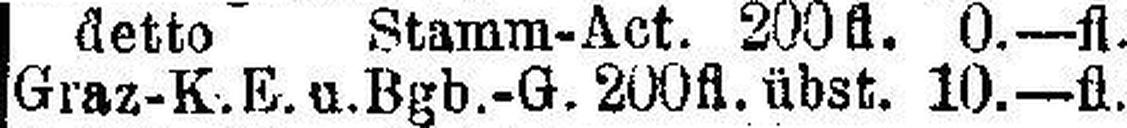
Graz-K.E. u. Bgb.-G. 200 fl. übst. 10.—fl.